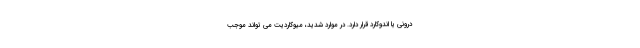
درونی یا اندوکارد قرار دارد. در موارد شدید، میوکاردیت می تواند موجب